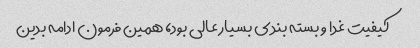
کیفیت غدا و بسته بندی بسیار عالی بود، همین فرمون ادامه بدین